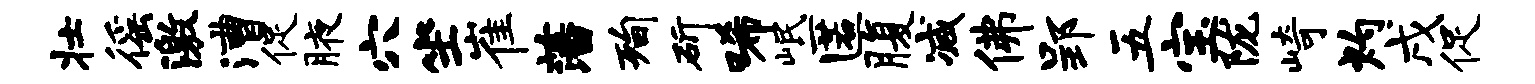
壮徭激漕促腋穴坐崔藩洵斫唏岷匿腹减佛郢五宝陇崎灼戌促